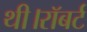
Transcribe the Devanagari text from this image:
थी।रॉबर्ट